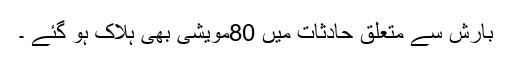
بارش سے متعلق حادثات میں 80مویشی بھی ہلاک ہو گئے ۔